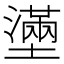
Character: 𡒗